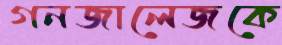
গনজালেজকে